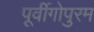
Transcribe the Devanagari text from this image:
पूर्वीगोपुरम